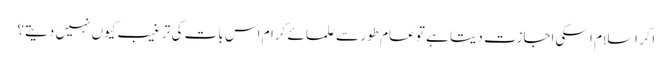
اگر اسلام اسکی اجازت دیتا ہے تو عام طور سے علمائے کرام اس بات کی ترغیب کیوں نہیں دیتے؟